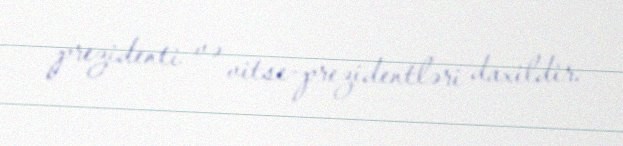
prezidenti və vitse-prezidentləri daxildir.